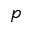
p